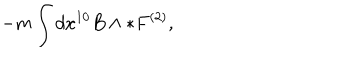
LaTeX: - m \int d x ^ { 1 0 } B \wedge * F ^ { ( 2 ) } ,